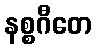
နစ္စဂီတေ